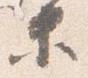
等